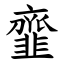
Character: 韲